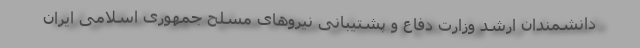
دانشمندان ارشد وزارت دفاع و پشتیبانی نیروهای مسلح جمهوری اسلامی ایران